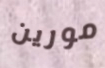
مورين